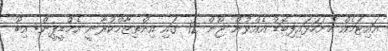
އައިޓަމެއް ހުށަހަޅައިފިބޮޑު އެއްވުން ޖޫން 12 ގައި އިންތިޒާމްކުރާނީ އެމްޑީޕީން: އިބޫ